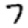
Digit: 7